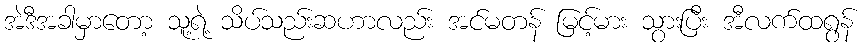
အဲဒီအခါမှာတော့ သူ့ရဲ့ သိပ်သည်းဆဟာလည်း အင်မတန် မြင့်မား သွားပြီး အီလက်ထရွန်